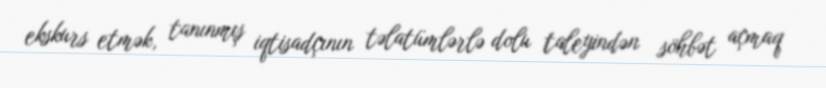
ekskurs etmək, tanınmış iqtisadçının təlatümlərlə dolu taleyindən söhbət açmaq